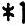
*1